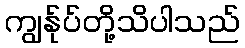
ကျွန်ုပ်တို့သိပါသည်